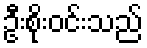
ဦးစိုးဝင်းသည်